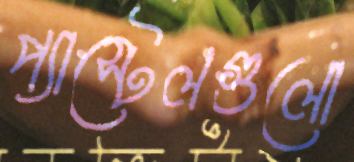
প্যাস্টেলগুলো